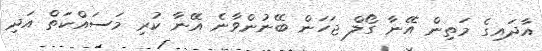
އާދައިގެ މަތިން އޭނާ ގޯލް ޖަހަން ބޭނުންވާނެ އޭނާ ކުރި މަސައްކަތް އަދި